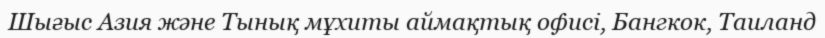
Шығыс Азия және Тынық мұхиты аймақтық офисі, Бангкок, Таиланд